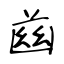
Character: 𦱳